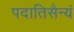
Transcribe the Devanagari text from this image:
पदातिसैन्यं